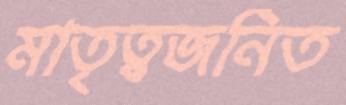
মাতৃত্বজনিত